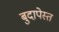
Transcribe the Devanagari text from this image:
बुदापेस्त